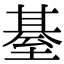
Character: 𦥄